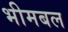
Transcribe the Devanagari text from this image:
भीमबल